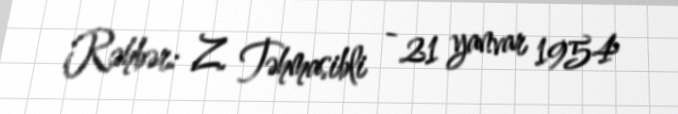
Rəhbər: Z. Təhmasibli - 21 yanvar 1954